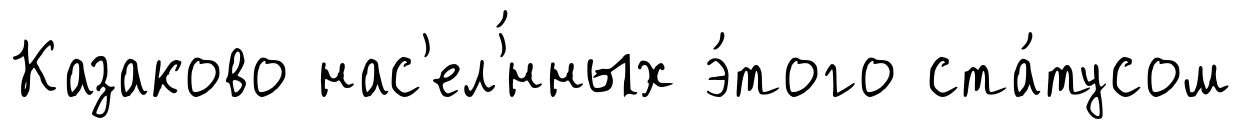
Казаково нас'ел'́нных э́того ста́тусом